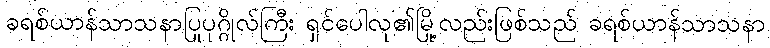
ခရစ်ယာန်သာသနာပြုပုဂ္ဂိုလ်ကြီး ရှင်ပေါလု၏မြို့လည်းဖြစ်သည် ခရစ်ယာန်သာသနာ